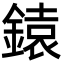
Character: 鎱